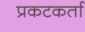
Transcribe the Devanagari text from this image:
प्रकटकर्ता